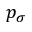
p _ { \sigma }